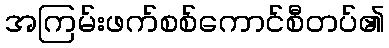
အကြမ်းဖက်စစ်ကောင်စီတပ်၏